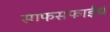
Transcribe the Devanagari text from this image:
साफसफाईचं